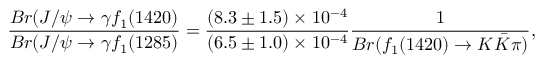
\frac { B r ( J / \psi \rightarrow \gamma f _ { 1 } ( 1 4 2 0 ) } { B r ( J / \psi \rightarrow \gamma f _ { 1 } ( 1 2 8 5 ) } = \frac { ( 8 . 3 \pm 1 . 5 ) \times 1 0 ^ { - 4 } } { ( 6 . 5 \pm 1 . 0 ) \times 1 0 ^ { - 4 } } \frac { 1 } { B r ( f _ { 1 } ( 1 4 2 0 ) \rightarrow K \bar { K } \pi ) } ,